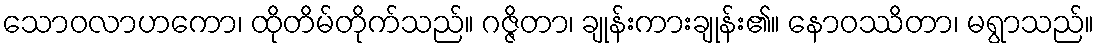
သောဝလာဟကော၊ ထိုတိမ်တိုက်သည်။ ဂဇ္ဇိတာ၊ ချုန်းကားချုန်း၏။ နောဝဿိတာ၊ မရွာသည်။